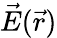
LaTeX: \vec{E}(\vec{r})